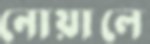
নোয়ালে